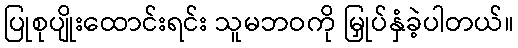
ပြုစုပျိုးထောင်းရင်း သူမဘဝကို မြှုပ်နှံခဲ့ပါတယ်။